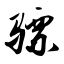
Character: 骠